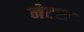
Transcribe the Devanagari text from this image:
नेटस